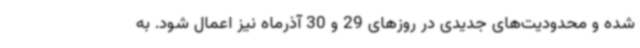
شده و محدودیت‌های جدیدی در روزهای 29 و 30 آذرماه نیز اعمال شود. به